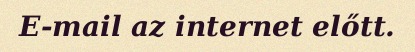
E-mail az internet előtt.